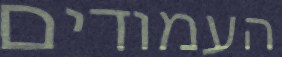
העמודים